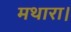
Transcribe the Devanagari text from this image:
मथारा।